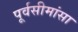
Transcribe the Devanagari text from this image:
पूर्वसीमांसा